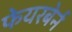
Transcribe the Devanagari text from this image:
फेयरबेर्न